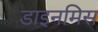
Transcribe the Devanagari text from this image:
डाइनमिस